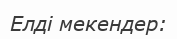
Елді мекендер: